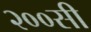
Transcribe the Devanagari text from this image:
२००सी